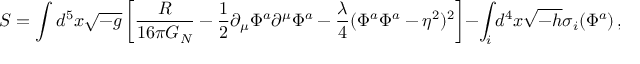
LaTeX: { \cal S } = \int d ^ { 5 } x \sqrt { - g } \left[ { \frac { \cal R } { 1 6 \pi G _ { N } } } - { \frac { 1 } { 2 } } \partial _ { \mu } \Phi ^ { a } \partial ^ { \mu } \Phi ^ { a } - { \frac { \lambda } { 4 } } ( \Phi ^ { a } \Phi ^ { a } - \eta ^ { 2 } ) ^ { 2 } \right] - \int _ { i } d ^ { 4 } x \sqrt { - h } \sigma _ { i } ( \Phi ^ { a } ) \, ,